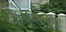
વિલસ